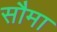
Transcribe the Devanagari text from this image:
सौमा